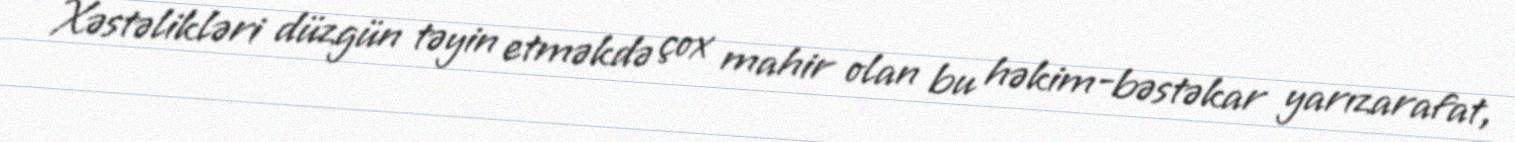
Xəstəlikləri düzgün təyin etməkdə çox mahir olan bu həkim-bəstəkar yarızarafat,